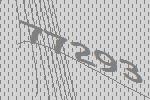
77293